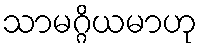
သာမဂ္ဂိယမာဟု